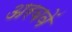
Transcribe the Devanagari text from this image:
अरबवें